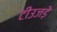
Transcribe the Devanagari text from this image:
टीउजड़े